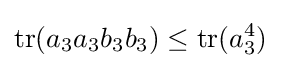
\operatorname {tr} (a_{3}a_{3}b_{3}b_{3})\leq \operatorname {tr} (a_{3}^{4})